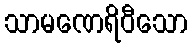
သာမဏေရိဝီသော